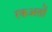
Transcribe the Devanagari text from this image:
रकअतों